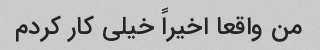
من واقعا اخیراً خیلی کار کردم